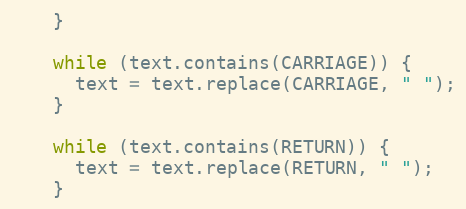
Language: Java
    }

    while (text.contains(CARRIAGE)) {
      text = text.replace(CARRIAGE, " ");
    }

    while (text.contains(RETURN)) {
      text = text.replace(RETURN, " ");
    }